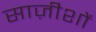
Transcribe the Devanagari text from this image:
साज़ीशों